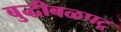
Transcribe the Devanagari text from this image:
बुद्धीबळपटू